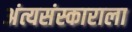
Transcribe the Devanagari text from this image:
अंत्यसंस्काराला